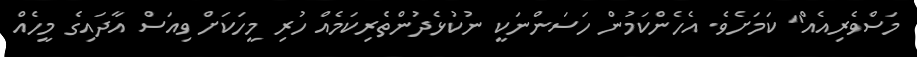
މަސްވެރިއެއް" ކަމަށެވެ. އެހެންކަމުން ހަސަންނަކީ ނުކުޅެދުންތެރިކަމެއް ހުރި މީހަކަށް ވިއަސް އާދައިގެ މީހެއް